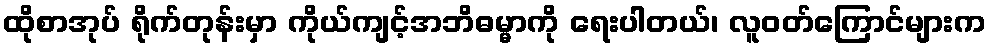
ထိုစာအုပ် ရိုက်တုန်းမှာ ကိုယ်ကျင့်အဘိဓမ္မာကို ရေးပါတယ်၊ လူဝတ်ကြောင်များက